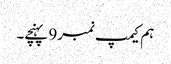
ہم کیمپ نمبر9 پہنچے۔